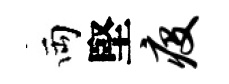
両堅疫